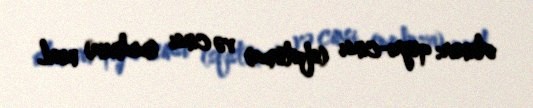
olunur: qeyri-cinsi (sfistoma) və cinsi (meduza) nesil.